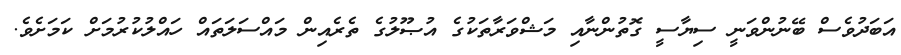
އަބަދުވެސް ބޭނުންވަނީ ސިޔާސީ ގޮތުންނާއި މަޝްވަރާތަކުގެ އުޞޫލުގެ ތެރެއިން މައްސަލަތައް ހައްލުކުރުމަށް ކަމަށެވެ.